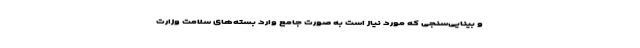
و بینایی‌سنجی که مورد نیاز است به صورت جامع وارد بسته‌های سلامت وزارت